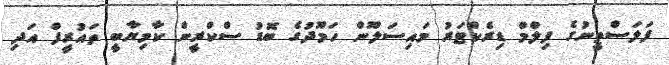
ފަލަސްތީނުގެ ފިލްމް ޑިރެކްޓަރު މައިސަލޫން ހަމޫދުގެ ބޮޑު ސްކްރީން ކާމިޔާބީ ތައުރީފް އަދި